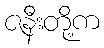
ဇနီးတို့က